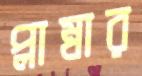
প্লাম্বার